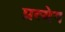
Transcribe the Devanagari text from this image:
प्रत्येग